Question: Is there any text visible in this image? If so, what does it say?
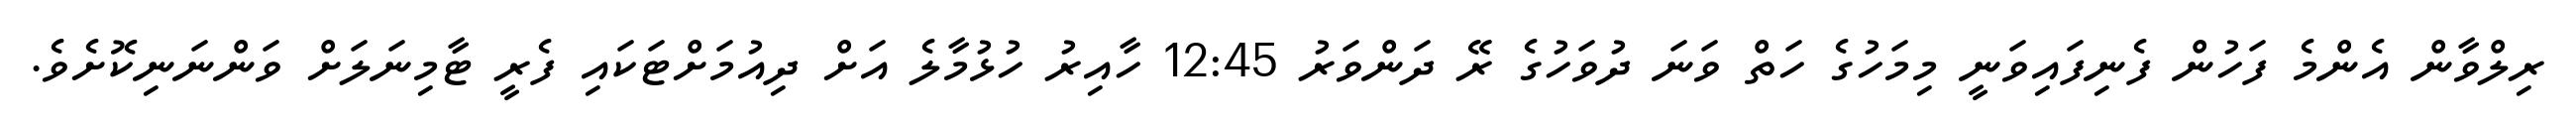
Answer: ރިލްވާން އެންމެ ފަހުން ފެނިފައިވަނީ މިމަހުގެ ހަތް ވަނަ ދުވަހުގެ ރޭ ދަންވަރު 12:45 ހާއިރު ހުޅުމާލެ އަށް ދިއުމަށްޓަކައި ފެރީ ޓާމިނަލަށް ވަންނަނިކޮށެވެ.